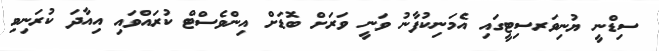
ސިޑްނީ ޔުނިވަރސިޓީގައި އެމަނިކުފާނު ވަނީ ވަރަށް ބޮޑަށް އިންވެސްޓް ކުރައްވައި އިއާދަ ކުރަނިވި